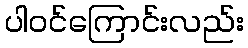
ပါဝင်ကြောင်းလည်း